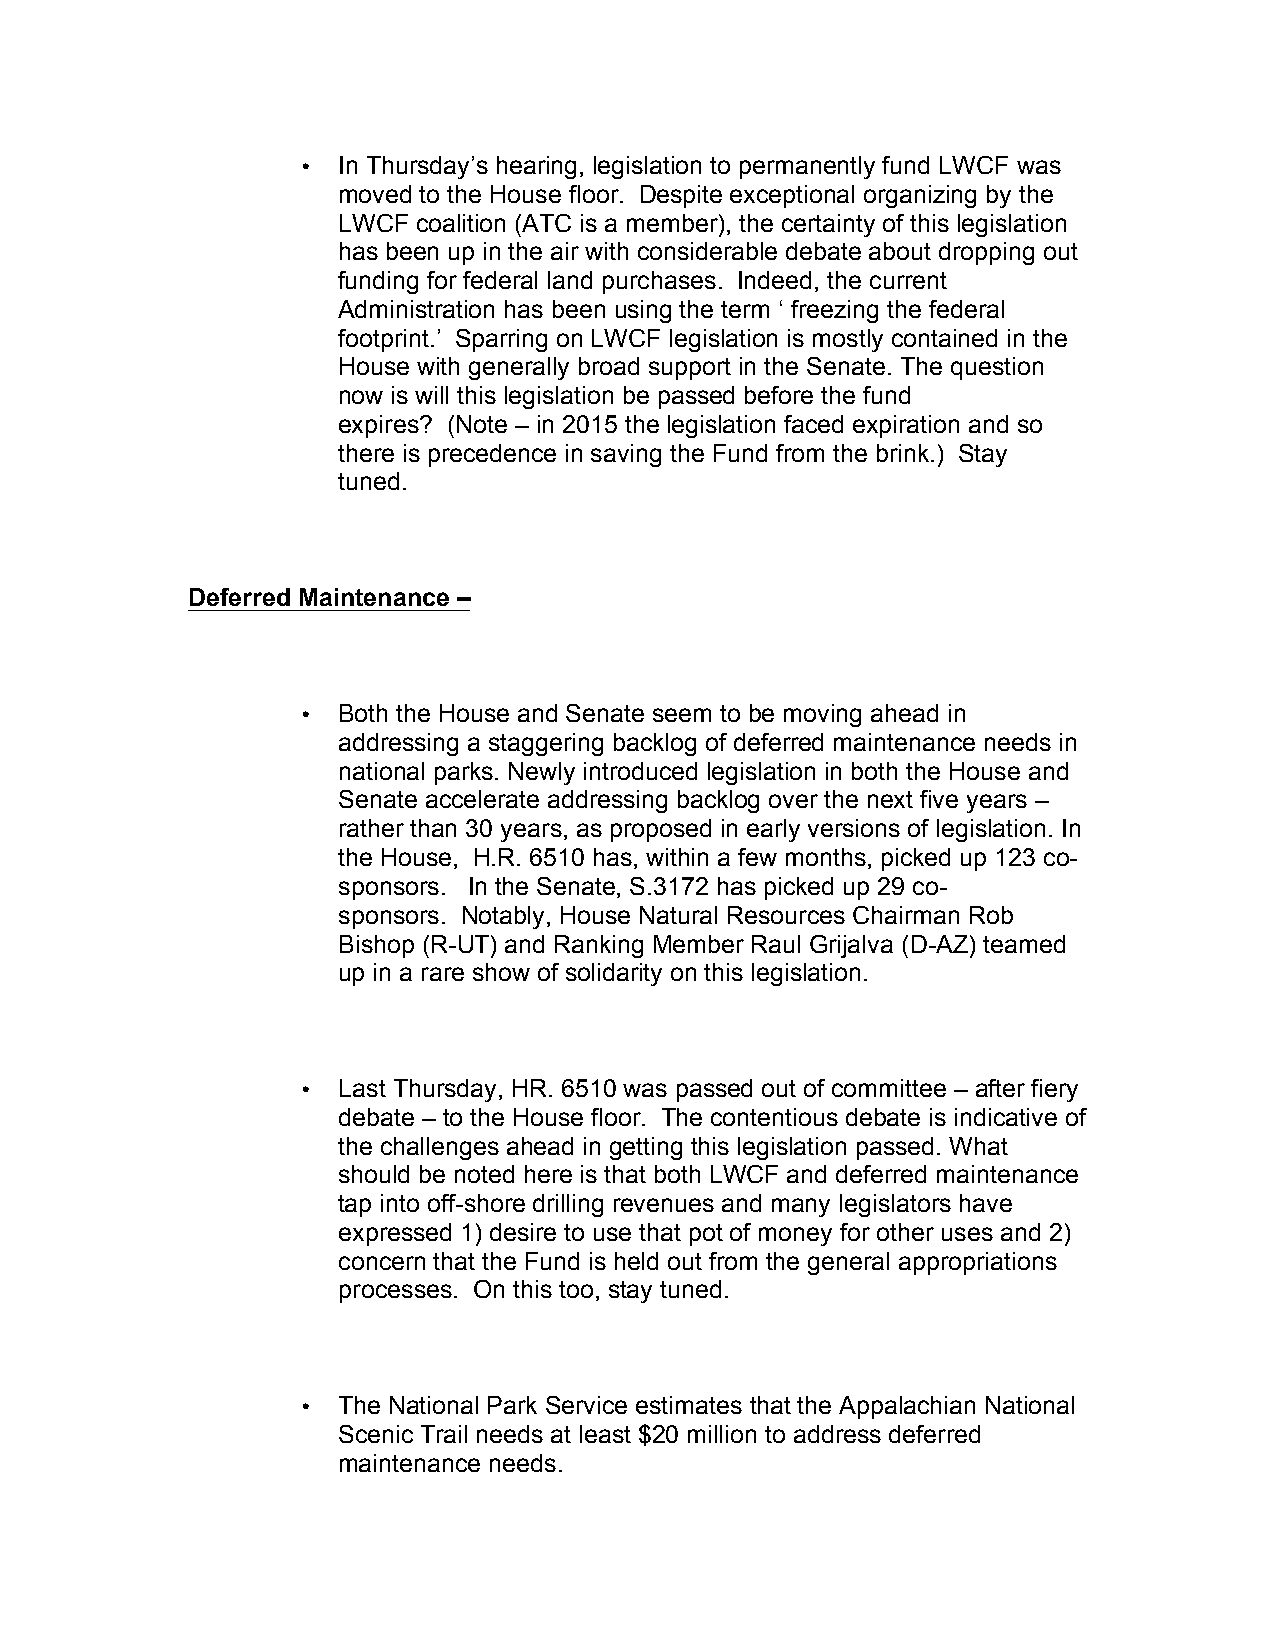
• In Thursday’s hearing, legislation to permanently fund LWCF was
 moved to the House floor. Despite exceptional organizing by the
 LWCF  coalition (ATC is a member), the certainty of this legislation
 has been up in the air with considerable debate about dropping out
 funding for federal land purchases. Indeed, the current
 Administration has been using the term ‘ freezing the federal
 footprint.’ Sparring on LWCF legislation is mostly contained in the
 House with generally broad support in the Senate. The question
 now is will this legislation be passed before the fund
 expires? (Note – in 2015 the legislation faced expiration and so
 there is precedence in saving the Fund from the brink.) Stay
 tuned.
 Deferred Maintenance –
 • Both the House and Senate seem to be moving ahead in
 addressing a staggering backlog of deferred maintenance needs in
 national parks. Newly introduced legislation in both the House and
 Senate accelerate addressing backlog over the next five years –
 rather than 30 years, as proposed in early versions of legislation. In
 the House, H.R. 6510 has, within a few months, picked up 123 co-
 sponsors. In the Senate, S.3172 has picked up 29 co-
 sponsors. Notably, House Natural Resources Chairman Rob
 Bishop (R-UT) and Ranking Member Raul Grijalva (D-AZ) teamed
 up in a rare show of solidarity on this legislation.
 • Last Thursday, HR. 6510 was passed out of committee – after fiery
 debate – to the House floor. The contentious debate is indicative of
 the challenges ahead in getting this legislation passed. What
 should be noted here is that both LWCF and deferred maintenance
 tap into off-shore drilling revenues and many legislators have
 expressed 1) desire to use that pot of money for other uses and 2)
 concern that the Fund is held out from the general appropriations
 processes. On this too, stay tuned.
 • The National Park Service estimates that the Appalachian National
 Scenic Trail needs at least $20 million to address deferred
 maintenance needs.